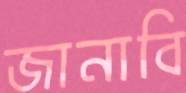
জানাবি